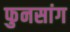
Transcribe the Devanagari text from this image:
फुनसांग